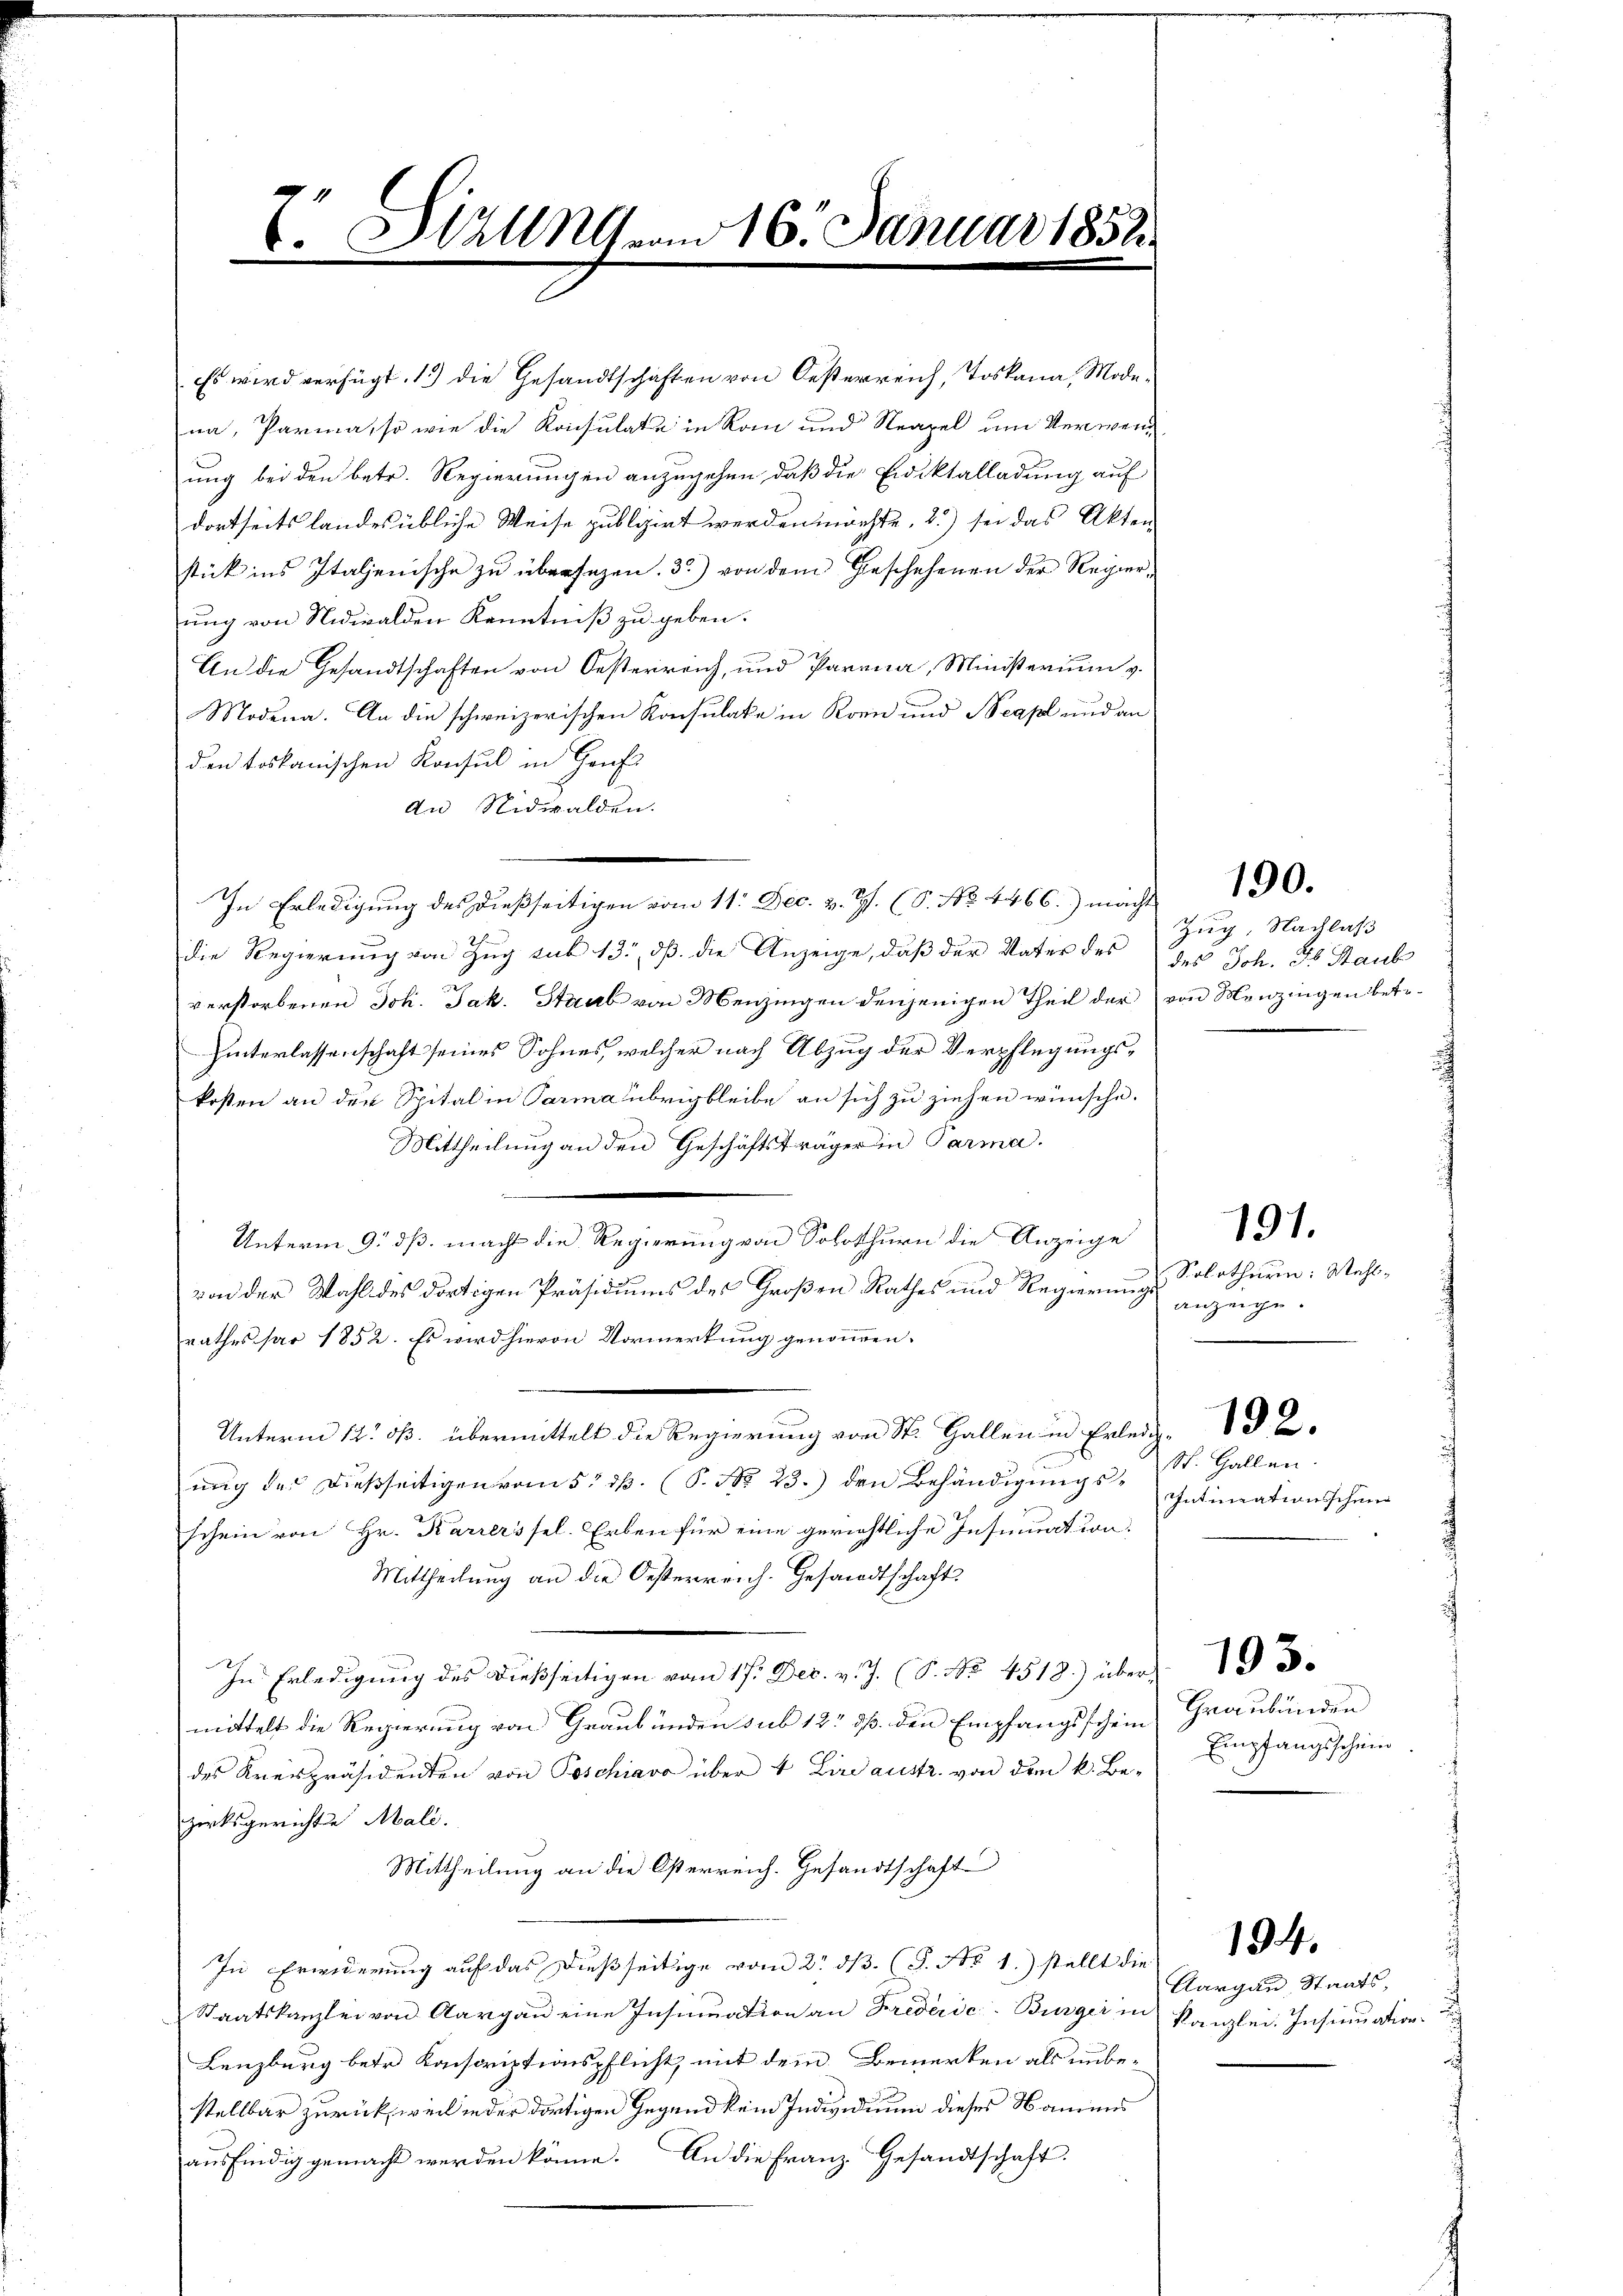
E. Stall vom 16. Januar 1851

Es wird verfügt, 1.) die Gesandtschaften von Oesterreich, Toskana, Modena, Parma, so wie die Konsulate in Rain und Neapel um Verwend
ung bei den betr. Regierungen anzugehen, daß die Eidiktalladung auf
dortseits landesübliche Weise publizirt werden möchte, 2.) sei das Akten
stick ins Italienische zu übersezen. 3) von dem Geschehenen der Regierung von Nidwalden Kenntniß zu geben.
An die Gesandtschaften von Oesterreich, und Parena, Ministerium v.
Modena. An die schweizerischen Konsulate in Korn und Neapl und an
den toskanischen Konsul in Genf
An Nidwalden.
die Regierung von Zug sub 13, dß die Anzeige, daß der Vater des des Joh. So Staub
verstorbenen Joh. Jak. Staab von Menzingen denjenigen Theil der von Menzingen betr.
Hinterlassenschaft seines Sohnes, welcher nach Abzug der Verpflegungskosten an der Spital in Parma übrig bleibe an sich zu ziehen wünsche.
Mittheilung an den Geschäftsträger in Parma.
Unterm 9. dß. macht die Regierung von Solothurn die Anzeige
von der Wahl des dortigen Präsidiums des Großen Rathes und Regierungs
rathes par 1852. Es wird hievon Vormerkung genommen.
Unterm 14. ds. übermittelt die Regierung von St. Gallen in Erledig, 2
3
ung des dießseitigen vom 5. dß. (S. No 23.) den Behändigungsschein von Hr. Karrerssel. Erben für eine gerichtliche Insinuation
Mittheilung an die Oesterreich. Gesandtschaft
In Erledigung des dießseitigen vom 17. Dec. v. J. (S. Nr. 4512.) über 18
mittelt die Regierung von Graubünden sub 12 dß. den Empfangsschein
des Kreispräsidenten von Poschiavo über 4 Lindaustr. von dem k. Be-
zirksgerichte Mali.
Mittheilung an die Osterreich. Gesandtschaft
In Erwiderung auf das dießseitige vom 2. dβ. (S. No 1.) stellt die
Staatskanzlei von Aargau eine Insinuation an Krederic Bürger in Kanzlei. Insinuation
Lenzburg betr. Konscriptionspflicht, mit dem Bemerken als unbe-
stellbar zurücksweil in der dortigen Gegend kein Individuum dieses Namens
ausfindig gemacht werden könne. An die Franz. Gesandtschaft

In Erledigung des dießseitigen vom 11. Dec. v. Js. (S. No. 4466.) macht

Zug. Nachlaß

190.

Solothurn. Mehlanzeige.

St. Gallen.
Intimationsschein

191.

Graubünden
Empfangsschein

Aargau Staats,

194.